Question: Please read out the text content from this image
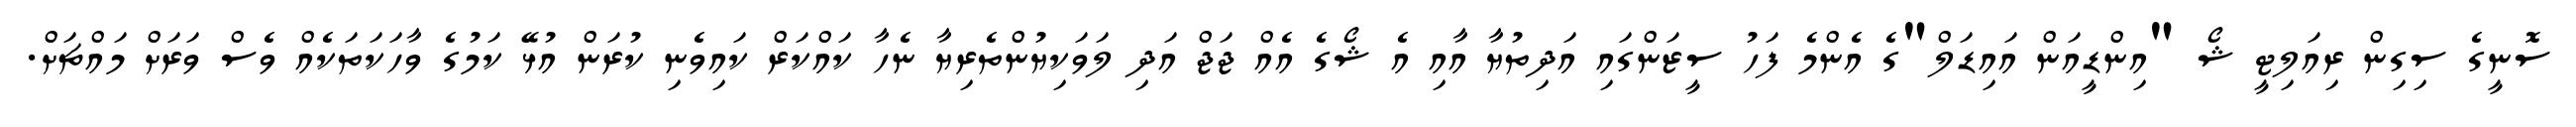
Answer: ސޮނީގެ ސިގިން ރިއަލިޓީ ޝޯ "އިންޑީއަން އައިޑަލް"ގެ އެންމެ ފަހު ސީޒަންގައި އަދިތުޔާ އާއި އެ ޝޯގެ އެއް ޖަޖް އަދި ލަވަކިޔުންތެރިޔާ ނެހާ ކައްކަރް ކައިވެނި ކުރަން އުޅޭ ކަމުގެ ވާހަކަތަކެއް ވެސް ވަރަށް މައްޗަށް.